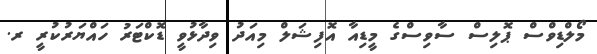
މޯލްޑިވްސް ޕޮލިސް ސާވިސްގެ މީޑިއާ އޮފިޝަލް މިއަދު ވިދާޅުވީ ޑޮކްޓަރު ހައްޔަރުކުރީ ރ.